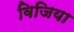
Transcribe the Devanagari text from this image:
विजिया